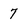
Character: 7